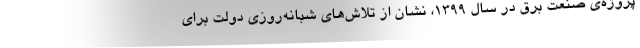
پروژه‌ی صنعت برق در سال 1399، نشان از تلاش‌های شبانه‌روزی دولت برای